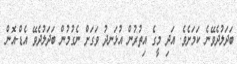
ބަދަލުދެވޭނެ ކަމަށެވެ. އަދި މީގެ އިތުރުން އުޅަނދު ވަގަށް ނެގުމުން ބަދަލުދެވޭ އެޑް-އޮން